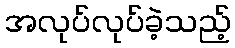
အလုပ်လုပ်ခဲ့သည့်